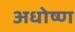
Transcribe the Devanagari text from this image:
अधोष्ण